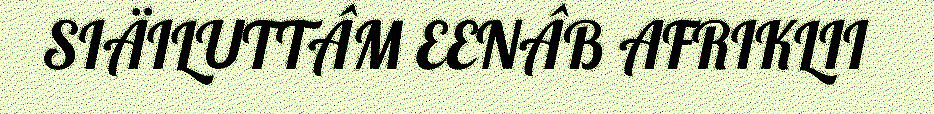
SIÄILUTTÂM EENÂB AFRIKLII